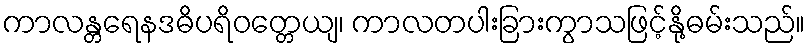
ကာလန္တရေနဒဓိပရိဝတ္တေယျ၊ ကာလတပါးခြားကွာသဖြင့်နို့ဓမ်းသည်။